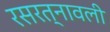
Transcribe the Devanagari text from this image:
रसरत्नावली